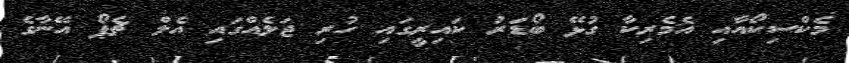
މެކްސިކޯއާއި އެމެރިކާ ގުޅޭ ބޯޑަރު ކައިރީގައި ހުރި ޖަލެއްގައި އެލް ޗެޕޯ އޭނާގެ